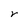
Character: r